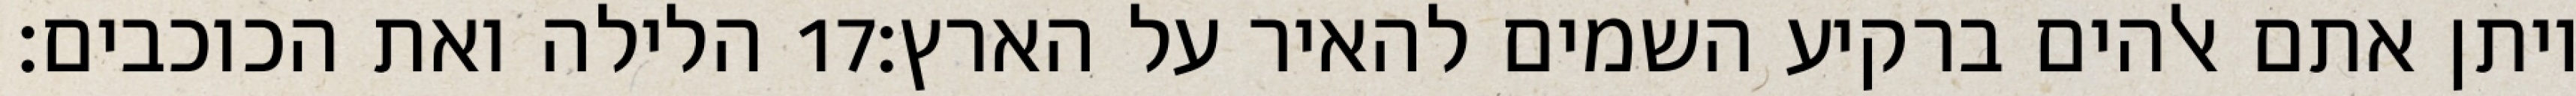
הלילה ואת הכוכבים׃ ‎17‏ ויתן אתם אלהים ברקיע השמים להאיר על הארץ׃